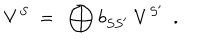
V ^ { S } \ = \ \bigoplus b _ { S S ^ { \prime } } \ V ^ { S ^ { \prime } } \ \ .